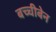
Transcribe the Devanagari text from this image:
बच्चीबेन